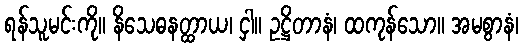
ရန်သူမင်းကို။ နိသေဓနတ္ထာယ၊ ငှါ။ ဥဋ္ဌိတာနံ၊ ထကုန်သော။ အမစွာနံ၊